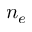
n _ { e }